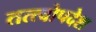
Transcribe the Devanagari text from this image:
तत्त्वोपदेश